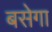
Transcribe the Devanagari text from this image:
बसेगा